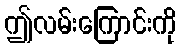
ဤလမ်းကြောင်းကို